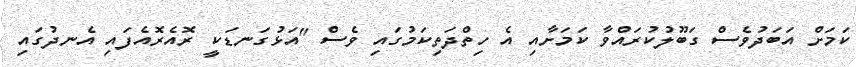
ކަމަށް އަބަދުވެސް ގަބޫލުކުރައްވާ ކަމަށާއި އެ ހިތްދަތިކަމުގައި ވެސް "އަޅުގަނޑަކީ ރޮއެރޮއެފައި އެނދުގައި